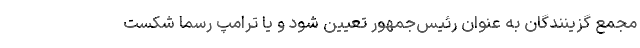
مجمع گزینندگان به عنوان رئیس‌جمهور تعیین شود و یا ترامپ رسما شکست